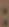
: